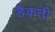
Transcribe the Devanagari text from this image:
डैकती